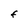
Character: F